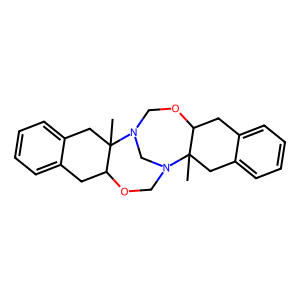
SMILES: CC12Cc3ccccc3CC1OCN1CN2COC2Cc3ccccc3CC21C
Inhibits HIV replication: No